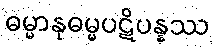
ဓမ္မာနုဓမ္မပဋိပန္နဿ